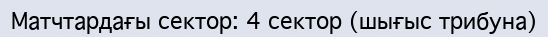
Матчтардағы сектор: 4 сектор (шығыс трибуна)